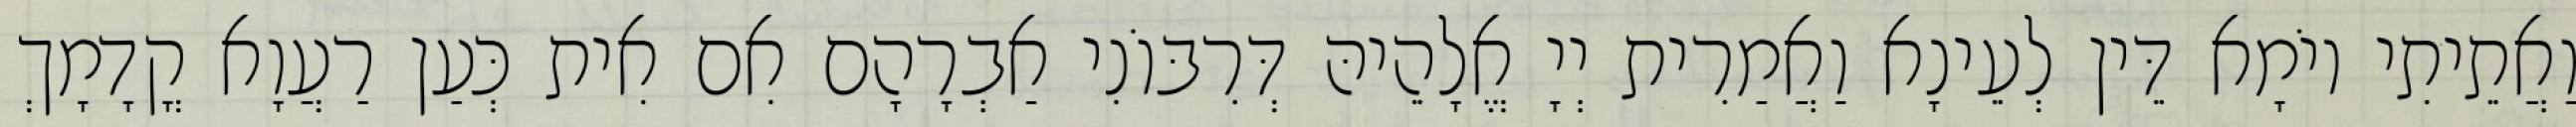
וַאֲתֵיתִי יוֹמָא דֵּין לְעֵינָא וַאֲמַרִית יְיָ אֱלָהֵיהּ דְּרִבּוֹנִי אַבְרָהָם אִם אִית כְּעַן רַעֲוָא קֳדָמָךְ